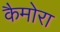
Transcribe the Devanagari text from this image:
कैमोरा